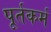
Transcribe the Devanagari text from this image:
पूर्तकर्म